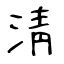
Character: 淸